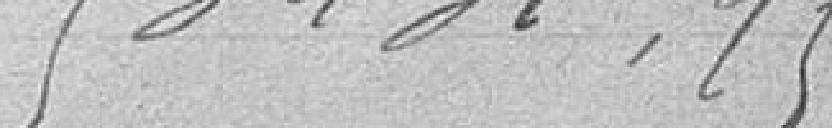
53.431,95